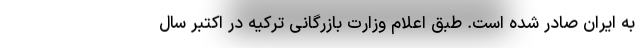
به ایران صادر شده است. طبق اعلام وزارت بازرگانی ترکیه در اکتبر سال